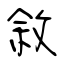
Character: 敘